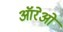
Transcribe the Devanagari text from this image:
ऑरेओ